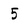
Character: 5